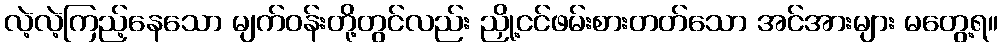
လဲ့လဲ့ကြည့်နေသော မျက်ဝန်းတို့တွင်လည်း ညှို့ငင်ဖမ်းစားတတ်သော အင်အားများ မတွေ့ရ။